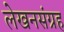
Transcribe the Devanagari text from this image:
लेखनसंग्रह